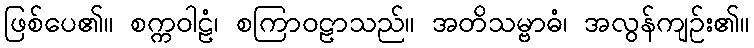
ဖြစ်ပေ၏။ စက္ကဝါဠံ၊ စကြာဝဠာသည်။ အတိသမ္ဗာဓံ၊ အလွန်ကျဉ်း၏။